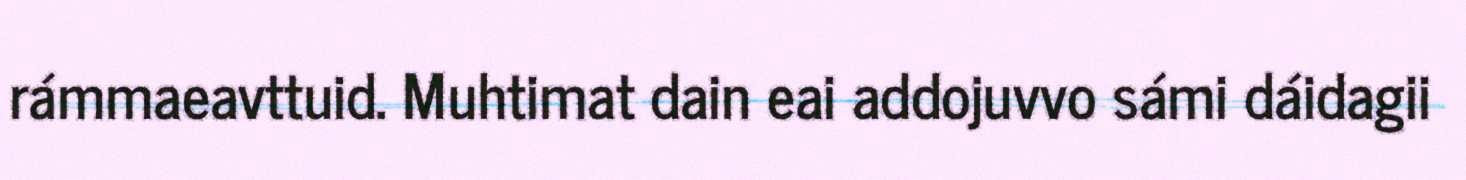
rámmaeavttuid. Muhtimat dain eai addojuvvo sámi dáidagii